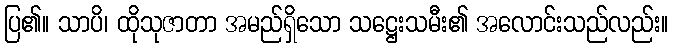
ပြ၏။ သာပိ၊ ထိုသုဇာတာ အမည်ရှိသော သဋ္ဌေးသမီး၏ အလောင်းသည်လည်း။